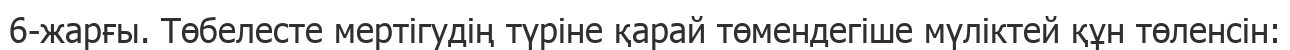
6-жарғы. Төбелесте мертігудің түріне қарай төмендегіше мүліктей құн төленсін: